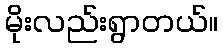
မိုးလည်းရွာတယ်။